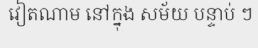
វៀតណាម នៅក្នុង សម័យ បន្ទាប់ ៗ